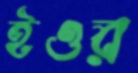
ইওর